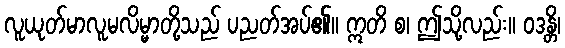
လူယုတ်မာလူမလိမ္မာတို့သည် ပညတ်အပ်၏။ ဣတိ စ၊ ဤသို့လည်း။ ဝဒန္တိ၊